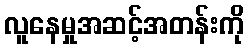
လူနေမှုအဆင့်အတန်းကို